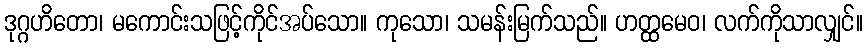
ဒုဂ္ဂဟိတော၊ မကောင်းသဖြင့်ကိုင်အပ်သော။ ကုသော၊ သမန်းမြက်သည်။ ဟတ္ထမေဝ၊ လက်ကိုသာလျှင်။